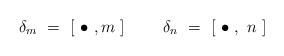
LaTeX: \begin{align*}\delta_m \ = \ [ \ \bullet \ , m \ ] \ \ \ \ \ \ \ \delta_n \ = \ [ \ \bullet \ , \ n \ ]\end{align*}